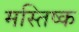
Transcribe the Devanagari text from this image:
मस्‍तिष्‍क